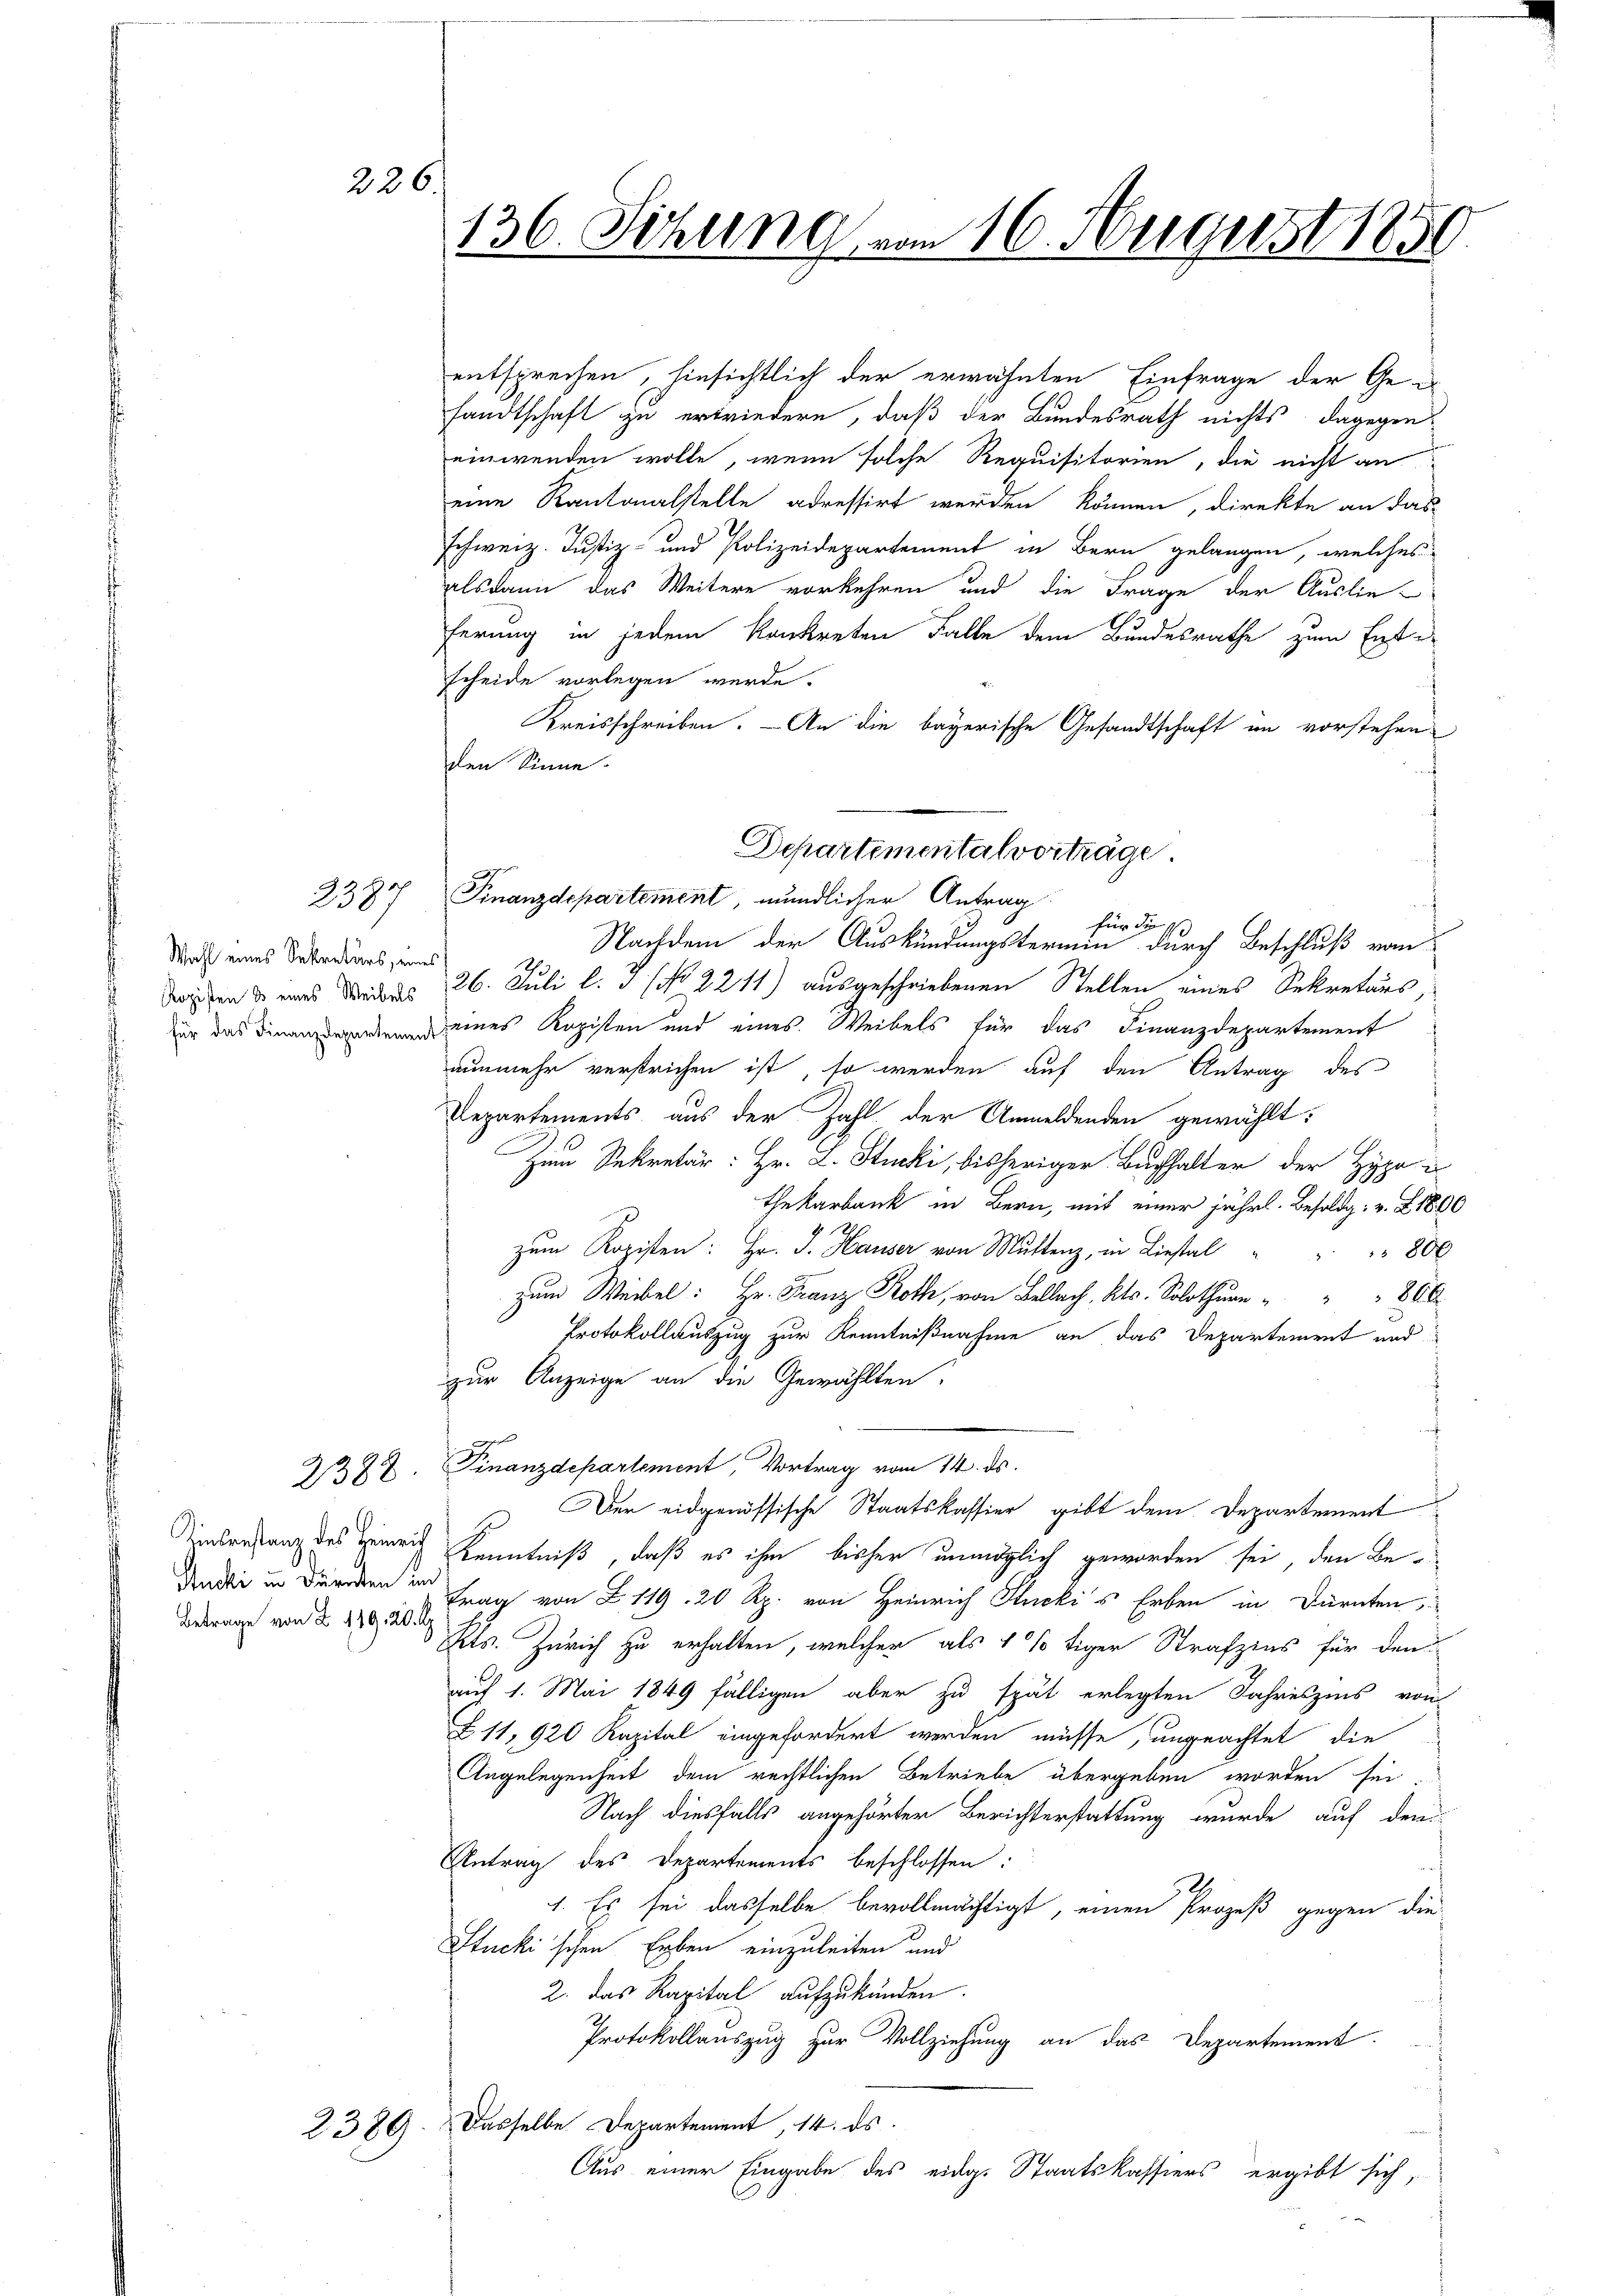
226.

Wahl eines Sekretärs, eines

ach
238

Betrage von Z 119, 20 Rp.

136. Sitzung vom 16. August 1850
d

2389

entsprechen, hinsichtlich der erwähnten Einfrage der Ge-
sandtschaft zu erwiedern, daß der Bundesrath nichts dagegen-
einwenden wolle, wenn solche Requisitorien, die nicht an
eine Kantonalstelle adressirt werden können, direkte an das
schweiz. Justiz- und Polizeidepartement in Bern gelangen, welches
alsdann das Weitere vorkehren und die Frage der Auslieferung in jedem konkreten Falle dem Bundesrathe zum Entscheide vorlegen werde.
Kreisschreiben. — An die bayerische Gesandtschaft im vorstehen
den Sinne.
f
für die 1
Nachdem der Auskündungstermin durch Beschluß vom
dischen & was de des 26. Juli l. J. (No. 2211) ausgeschriebenen Stellen eines Sekretärs
r das eines Kopisten und eines Weibels für das Finanzdepartement
nunmehr verstrichen ist, so werden auf den Antrag des
Departements aus der Zahl der Anmeldenden gewählt:
Zum Sekretär: Hr. L. Stucki, bisheriger Buchhalter der Hypo
thekarbank in Bern, mit einer jährl. Besoldg z. Z. 1800
zŭm Kopisten: Hr. J. Hauser von Mutter, in Liestal " " " 800
zum Weibel: Hr. Franz Roth, von Bellach, Kts. Solothur " " 800
Protokollauszug zur Kenntnißnahme an das Departement und
zur Anzeige an die Gewählten.
2/322. Finanzdepartement, Vortrag vom 14. ds.
Der eidgenössische Staatskassier gibt dem Departement
Zinbrufung des Henrich Kenntniß, daß es ihm bisher unmöglich geworden sei, den Be¬
Undi in den Tag von 119, 20 Rp. von Heinrich Stucki's Erben in Dürnten,
Kts. Zürich zu erhalten, welcher als 1 % tiger Strafzins für den
auf 1. Mai 1849 fälligen aber zu spät erlegten Jahreszins von
Z 11, 920 Kapital eingefordert werden müsse, ungeachtet, die
Angelegenheit dem rechtlichen Betriebe übergeben worden sei.
Nach diesfalls angehörter Berichterstattung wurde auf den
Antrag des Departements beschlossen:
1. Es sei dasselbe bevollmächtigt, einen Prozeß gegen die
Stucki'schen Erben einzuleiten und
2. das Kapital aufzukünden.
Protokollauszug zur Vollziehung an das Departement
Dasselbe Departement, 14. ds.
Aus einer Eingabe des eidg. Staatskassiers ergibt sich,

Departementalvorträge.
Finanzdepartement, mündlicher Antrag